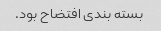
بسته بندی افتضاح بود.